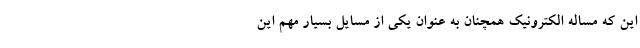
این که مساله الکترونیک همچنان به عنوان یکی از مسایل بسیار مهم این